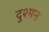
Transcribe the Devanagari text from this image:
दुश्‍मन